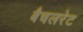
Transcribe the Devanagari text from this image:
बैचलरेट